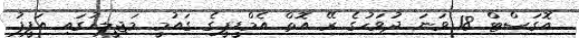
އޮގަސްޓް 18 ވަނަ ދުވަހުގެ ރޭ އޮތް އެމްޑީޕީގެ ގައުމީ މަޖިލީހުގައި އަފީފު